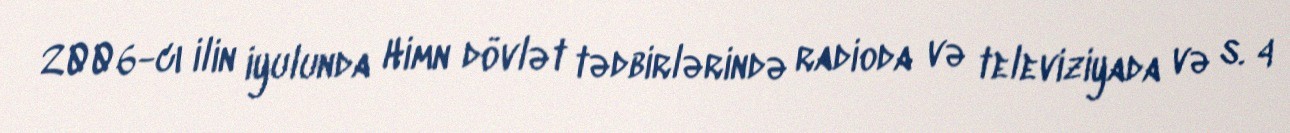
2006-cı ilin iyulunda Himn dövlət tədbirlərində radioda və televiziyada və s. 4